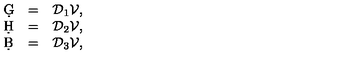
\begin{array} { l l l } { \d G } & { = } & { { \cal D } _ { 1 } { \cal V } , } \\ { \d H } & { = } & { { \cal D } _ { 2 } { \cal V } , } \\ { \d B } & { = } & { { \cal D } _ { 3 } { \cal V } , } \\ \end{array}